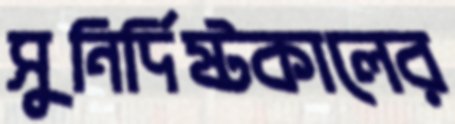
সুনির্দিষ্টকালের